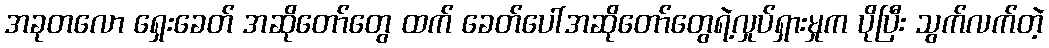
အခုတလော ရှေးခေတ် အဆိုတော်တွေ ထက် ခေတ်ပေါ်အဆိုတော်တွေရဲ့လှုပ်ရှားမှုက ပိုပြီး သွက်လက်တဲ့